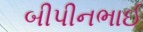
બીપીનભાઈ